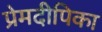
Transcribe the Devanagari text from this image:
प्रेमदीपिका